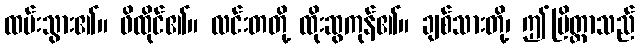
ထမ်းသွား၏။ ဖိထိုင်၏။ လင်းတတို့ ထိုးဆွကုန်၏။ ချစ်သားတို့၊ ဤပြိတ္တာသည်